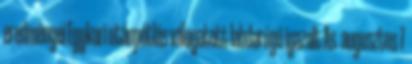
eredményei Egykori utánpótlás válogatott labdarúgó igazolt As. augusztus 7